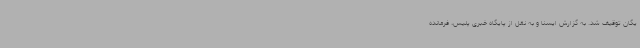
یگان توقیف شد. به گزارش ایسنا و به نقل از پایگاه خبری پلیس، فرمانده